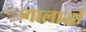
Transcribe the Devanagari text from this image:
गालार्द्धों